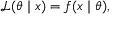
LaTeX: { \mathcal { L } } ( \theta \mid x ) = f ( x \mid \theta ) ,